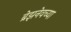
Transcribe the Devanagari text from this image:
ब्रेझनेवच्या